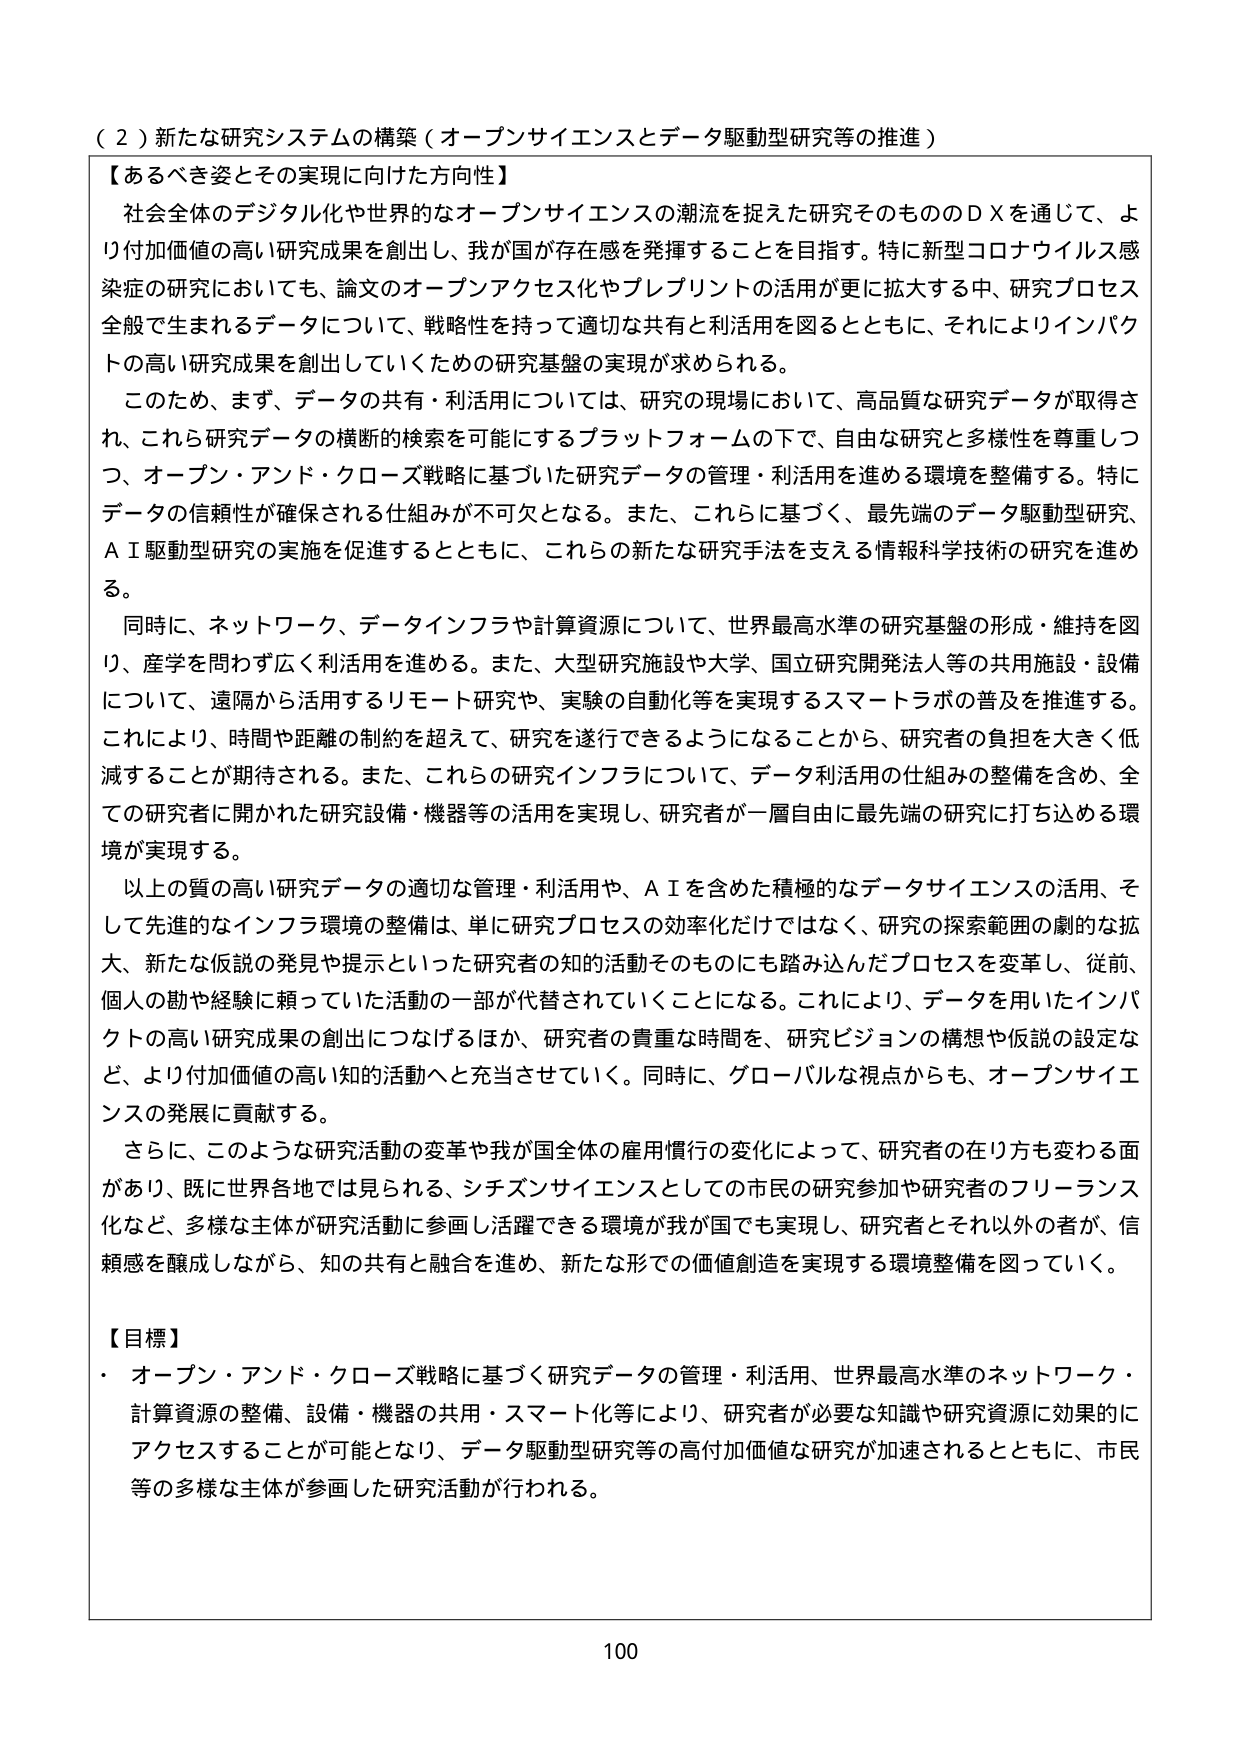
（２）新たな研究システムの構築（オープンサイエンスとデータ駆動型研究等の推進）

【あるべき姿とその実現に向けた方向性】
社会全体のデジタル化や世界的なオープンサイエンスの潮流を捉えた研究そのもののＤＸを通じて、より付加価値の高い研究成果を創出し、我が国が存在感を発揮することを目指す。特に新型コロナウイルス感染症の研究においても、論文のオープンアクセス化やプレプリントの活用が更に拡大する中、研究プロセス全般で生まれるデータについて、戦略性を持って適切な共有と利活用を図るとともに、それによりインパクトの高い研究成果を創出していくための研究基盤の実現が求められる。
このため、まず、データの共有・利活用については、研究の現場において、高品質な研究データが取得され、これら研究データの横断的検索を可能にするプラットフォームの下で、自由な研究と多様性を尊重しつつ、オープン・アンド・クローズ戦略に基づいた研究データの管理・利活用を進める環境を整備する。特にデータの信頼性が確保される仕組みが不可欠となる。また、これらに基づく、最先端のデータ駆動型研究、ＡＩ駆動型研究の実施を促進するとともに、これらの新たな研究手法を支える情報科学技術の研究を進める。
同時に、ネットワーク、データインフラや計算資源について、世界最高水準の研究基盤の形成・維持を図り、産学を問わず広く利活用を進める。また、大型研究施設や大学、国立研究開発法人等の共用施設・設備について、遠隔から活用するリモート研究や、実験の自動化等を実現するスマートラボの普及を推進する。これにより、時間や距離の制約を超えて、研究を遂行できるようになることから、研究者の負担を大きく低減することが期待される。また、これらの研究インフラについて、データ利活用の仕組みの整備を含め、全ての研究者に開かれた研究設備・機器等の活用を実現し、研究者が一層自由に最先端の研究に打ち込める環境が実現する。
以上の質の高い研究データの適切な管理・利活用や、ＡＩを含めた積極的なデータサイエンスの活用、そして先進的なインフラ環境の整備は、単に研究プロセスの効率化だけではなく、研究の探索範囲の劇的な拡大、新たな仮説の発見や提示といった研究者の知的活動そのものにも踏み込んだプロセスを変革し、従前、個人の勘や経験に頼っていた活動の一部が代替されていくことになる。これにより、データを用いたインパクトの高い研究成果の創出につなげるほか、研究者の貴重な時間を、研究ビジョンの構想や仮説の設定など、より付加価値の高い知的活動へと充当させていく。同時に、グローバルな視点からも、オープンサイエンスの発展に貢献する。
さらに、このような研究活動の変革や我が国全体の雇用慣行の変化によって、研究者の在り方も変わる面があり、既に世界各地では見られる、シチズンサイエンスとしての市民の研究参加や研究者のフリーランス化など、多様な主体が研究活動に参画し活躍できる環境が我が国でも実現し、研究者とそれ以外の者が、信頼感を醸成しながら、知の共有と融合を進め、新たな形での価値創造を実現する環境整備を図っていく。

【目標】
・オープン・アンド・クローズ戦略に基づく研究データの管理・利活用、世界最高水準のネットワーク・計算資源の整備、設備・機器の共用・スマート化等により、研究者が必要な知識や研究資源に効果的にアクセスすることが可能となり、データ駆動型研究等の高付加価値な研究が加速されるとともに、市民等の多様な主体が参画した研究活動が行われる。

100